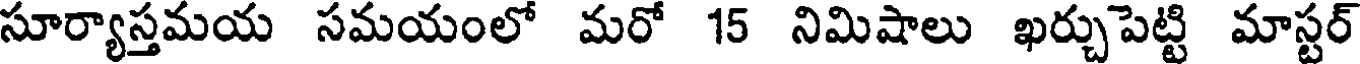
సూర్యాస్తమయ సమయంలో మరో 15 నిమిషాలు ఖర్చుపెట్టి మాస్టర్